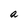
Character: a